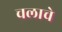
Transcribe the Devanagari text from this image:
चलाचे